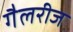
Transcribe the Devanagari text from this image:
गैलरीज